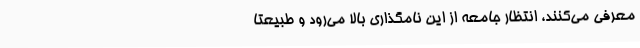
معرفی می‌کنند، انتظار جامعه از این نامگذاری بالا می‌رود و طبیعتاً